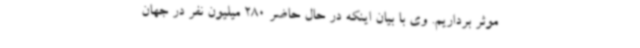
موثر برداریم. وی با بیان اینکه در حال حاضر 280 میلیون نفر در جهان